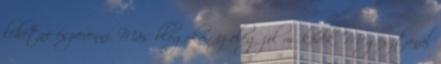
lehetne észrevenni. Más blogokon ez elég jól működik. Megosztanál